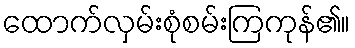
ထောက်လှမ်းစုံစမ်းကြကုန်၏။